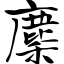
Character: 麇